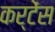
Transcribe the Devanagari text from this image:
कर्टेंस